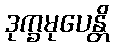
ဒုက္ခမုပေန္တိ